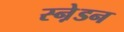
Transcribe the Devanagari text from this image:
स्ने़डन